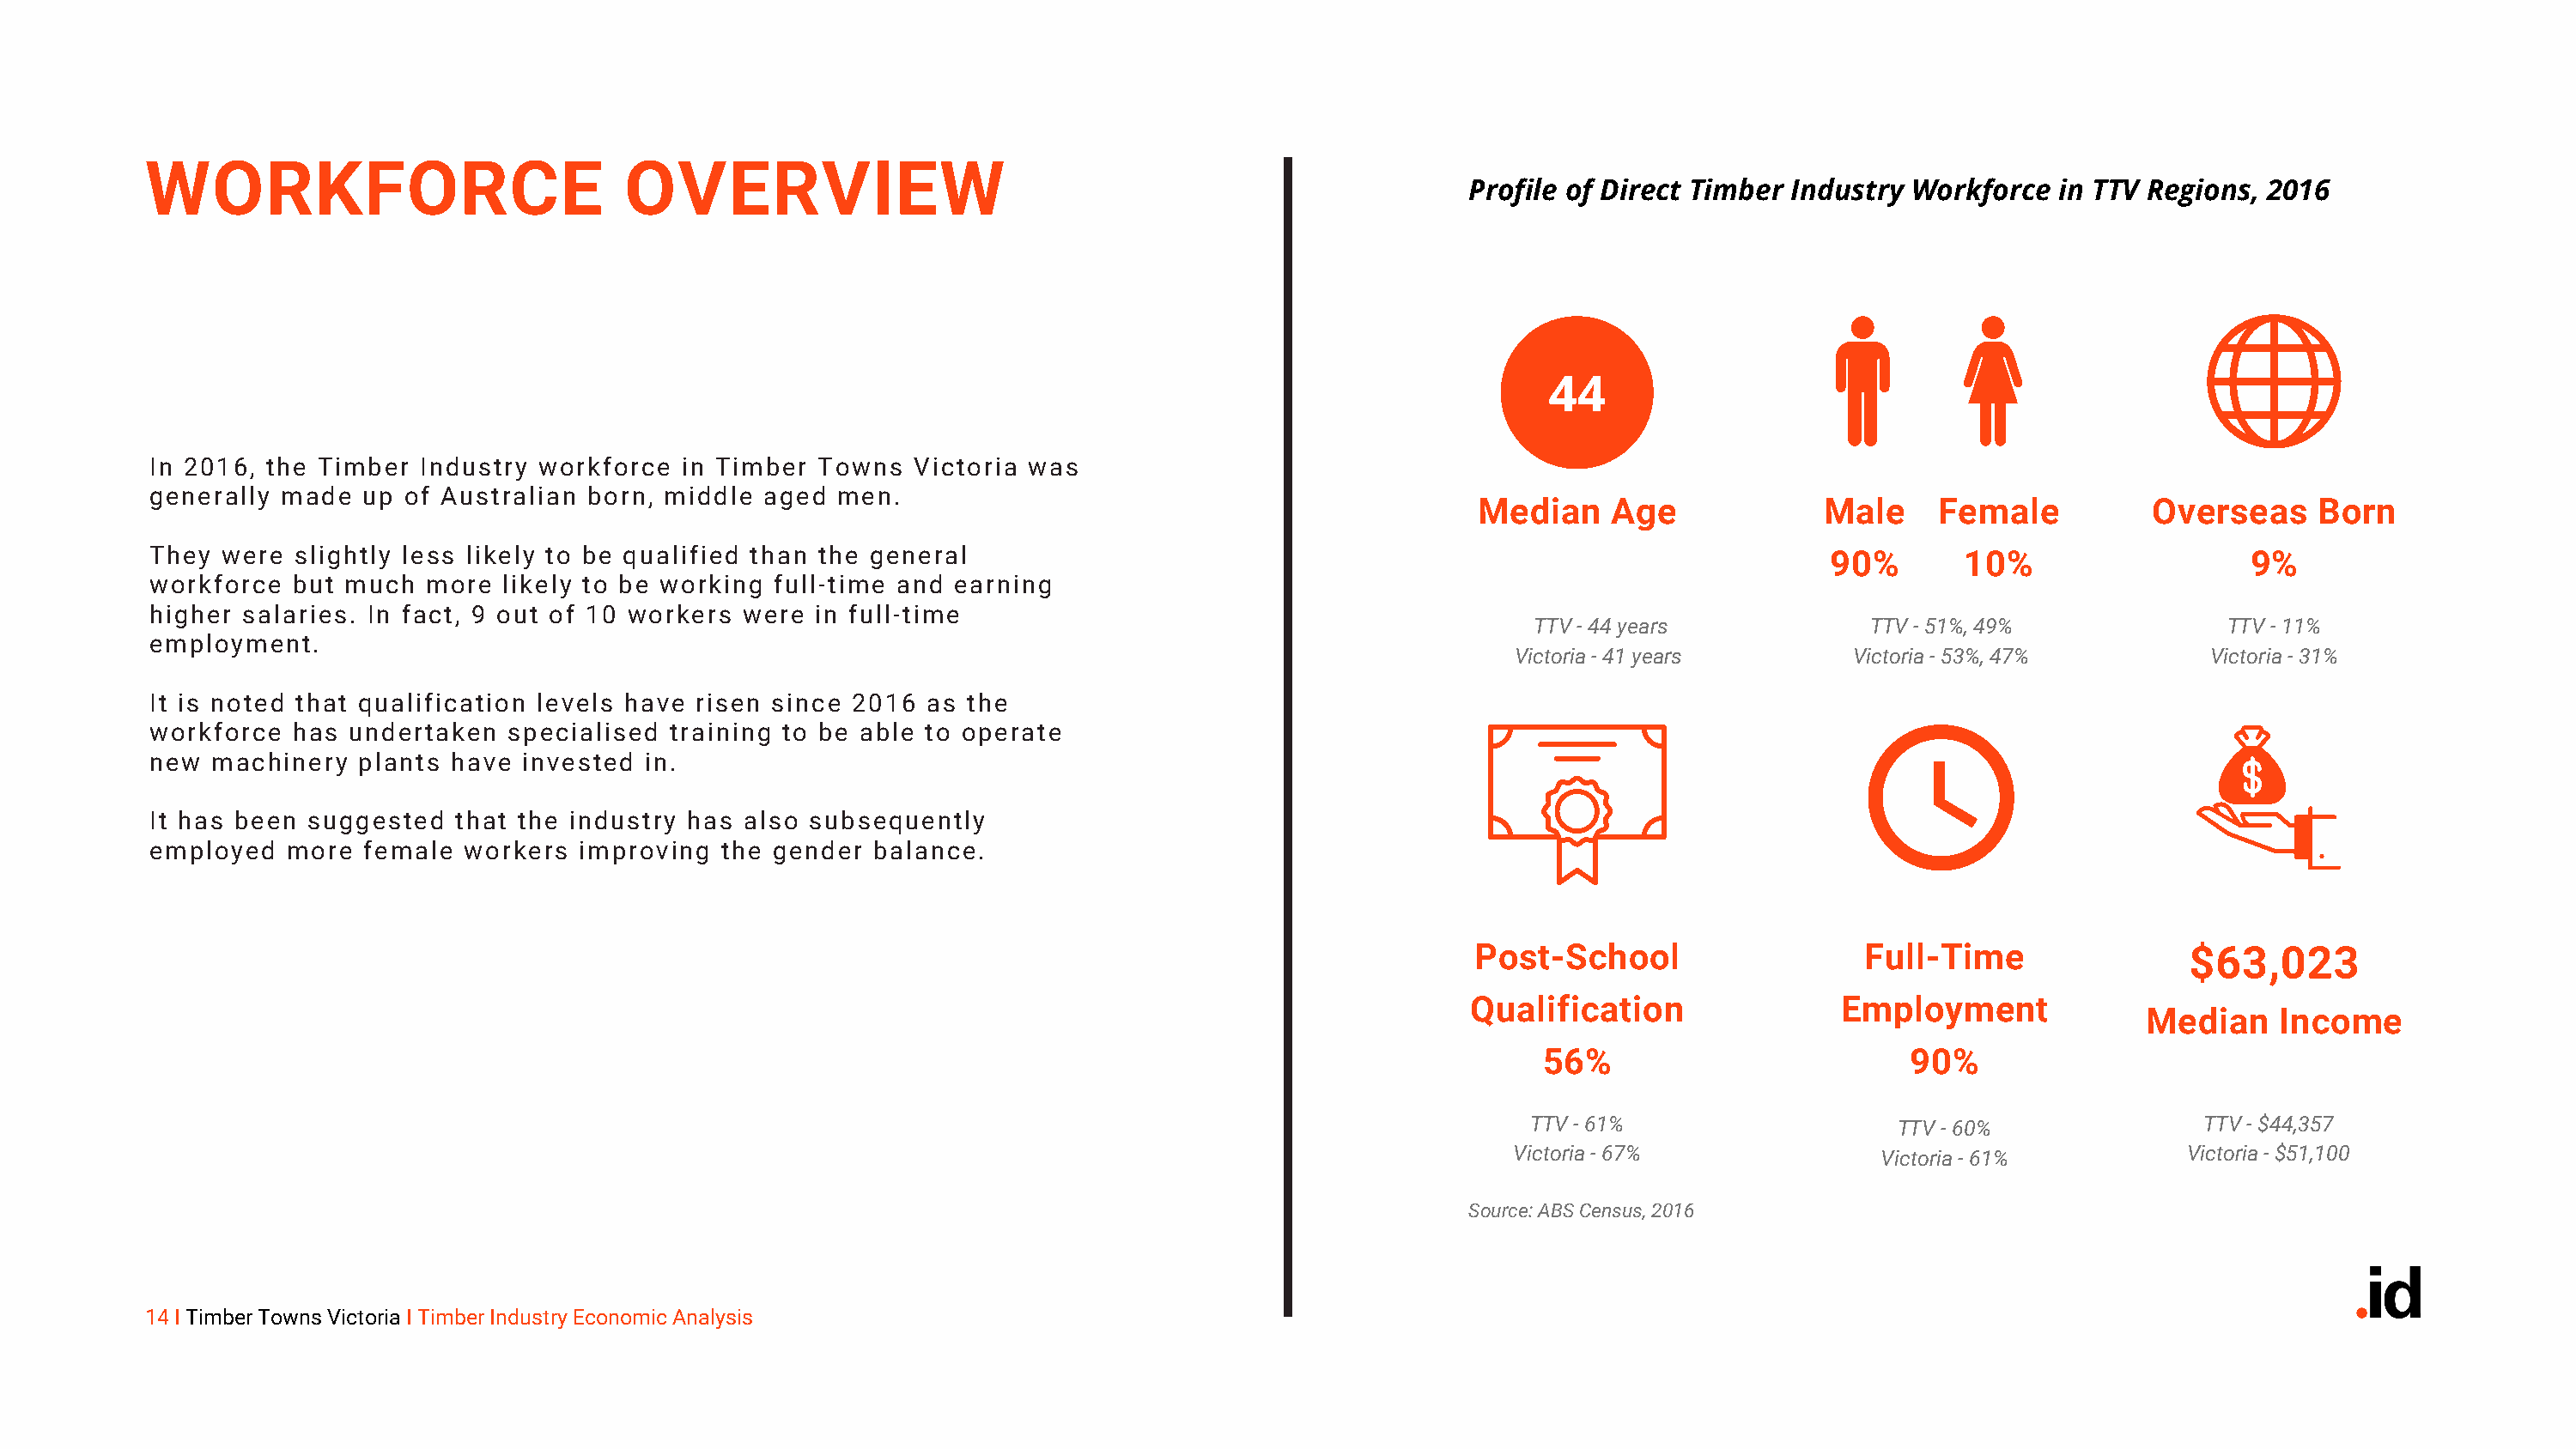
WORKFORCE                            OVERVIEW
 Profile of Direct Timber Industry Workforce   in TTV Regions, 2016
 44
 In 2016, the Timber Industry  workforce  in Timber Towns  Victoria was
 generally made  up of Australian born, middle  aged  men.
 Median    Age              Male    Female           Overseas     Born
 They were  slightly less likely to be qualified than the general                                                                 90%       10%                    9%
 workforce  but much  more  likely to be working full-time and earning
 higher salaries. In fact, 9 out of 10 workers were in full-time
 TTV - 44 years            TTV - 51%, 49%              TTV - 11%
 employment.
 Victoria - 41 years       Victoria - 53%, 47%        Victoria - 31%
 It is noted that qualification levels have risen since 2016 as the
 workforce  has undertaken  specialised  training to be able to operate
 new machinery   plants have invested  in.
 It has been suggested  that the industry has also subsequently
 employed  more  female  workers  improving  the gender balance.
 Post-School                   Full-Time                $63,023
 Qualification                Employment
 Median     Income
 56%                         90%
 TTV - 61%                   TTV - 60%               TTV - $44,357
 Victoria - 67%              Victoria - 61%          Victoria - $51,100
 Source: ABS Census, 2016
 14 I Timber Towns Victoria I Timber Industry Economic Analysis